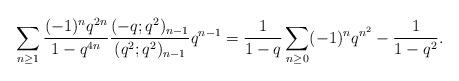
LaTeX: \begin{align*}\sum_{n\geq 1} \frac{(-1)^n q^{2n}}{1-q^{4n}}\frac{(-q;q^2)_{n-1}}{(q^2;q^2)_{n-1}}q^{n-1} = \frac{1}{1-q}\sum_{n\geq 0} (-1)^n q^{n^2} - \frac{1}{1-q^2}.\end{align*}